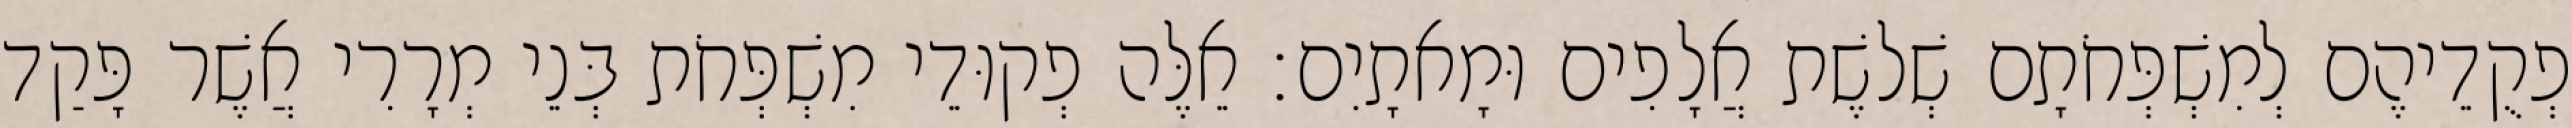
פְקֻדֵיהֶם לְמִשְׁפְּחֹתָם שְׁלשֶׁת אֲלָפִים וּמָאתָיִם׃ אֵלֶּה פְקוּדֵי מִשְׁפְּחֹת בְּנֵי מְרָרִי אֲשֶׁר פָּקַד